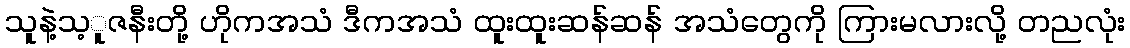
သူနဲ့သ့ူဇနီးတို့ ဟိုကအသံ ဒီကအသံ ထူးထူးဆန်ဆန် အသံတွေကို ကြားမလားလို့ တညလုံး